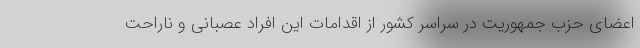
اعضای حزب جمهوریت در سراسر کشور از اقدامات این افراد عصبانی و ناراحت